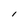
Character: l